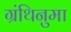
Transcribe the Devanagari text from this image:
ग्रंथिनुमा